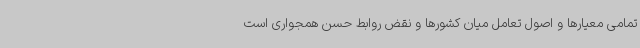
تمامی معیارها و اصول تعامل میان کشورها و نقض روابط حسن همجواری است